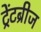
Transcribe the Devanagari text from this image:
ट्रेंटब्रीज